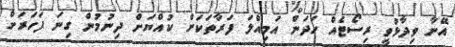
އޭނާ ވިދާޅުވީ ރިސޯޓެއް ހަދަން އަމިއްލަ ފަރާތަކަށް ކުއްޔަށް ދިނުމުން ގިނަ ފަހަރަށް